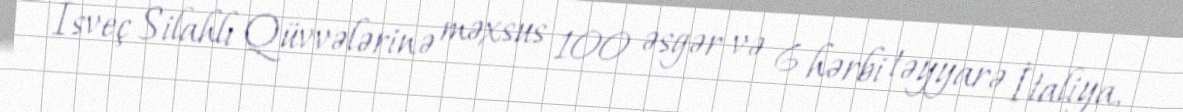
İsveç Silahlı Qüvvələrinə məxsus 100 əsgər və 6 hərbi təyyarə İtaliya,